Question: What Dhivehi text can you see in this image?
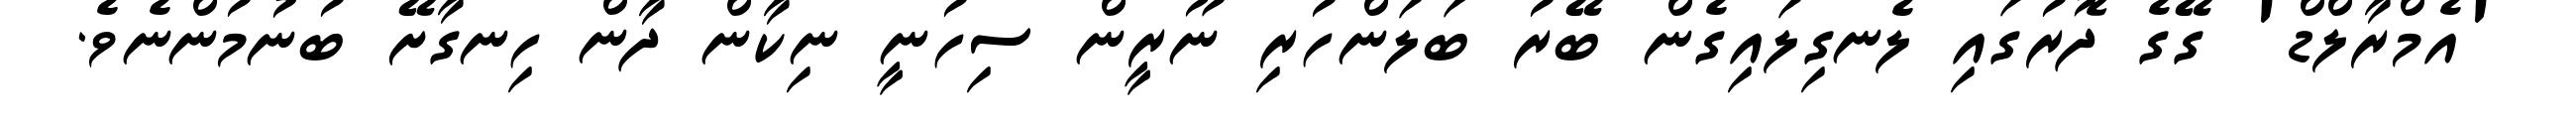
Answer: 'އެމްރާލްޑް' ގޭގެ ދޮރުގައި ލެނގިލައިގެން ބޭރު ބަލަންހުރި ނޫރީން ސިހުނީ ނިކާން ދާން ހިނގާށޭ ބުނުމުންނެވެ.